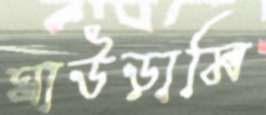
ঘাউড়ামি